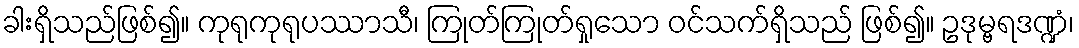
ခါးရှိသည်ဖြစ်၍။ ကုရုကုရုပဿာသီ၊ ကြုတ်ကြုတ်ရှုသော ဝင်သက်ရှိသည် ဖြစ်၍။ ဥဒုမ္ဗရဒဏ္ဍံ၊